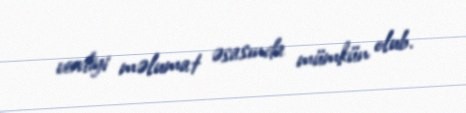
verdiyi məlumat əsasında mümkün olub.